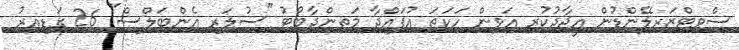
ސްވިޓްޒަރލޭންޑުން އީޖާދުކުރި އަވިން ހަކަތަ އުފައްދާ މަތިންދާބޯޓު "ސުލަރ އެންބަލްސް" 26 ގަޑިއިރު